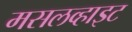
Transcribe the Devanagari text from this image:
मसलव्हाइट